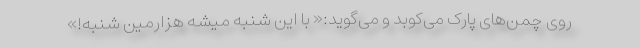
روی چمن‌های پارک می‌کوبد و می‌گوید:« با این شنبه میشه هزارمین شنبه!»